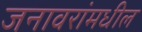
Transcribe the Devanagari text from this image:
जनावरांमधील